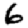
Digit: 6